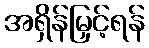
အရှိန်မြှင့်ရန်